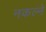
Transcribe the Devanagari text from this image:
नकल्ने